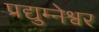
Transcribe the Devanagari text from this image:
प्रद्युम्नेश्वर